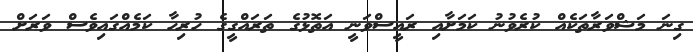
ގިނަ މަޝްވަރާތަކެއް ކުރެވުނު ކަމަށާއި ރައީސްވަނީ އަތޮޅުގެ ތަރައްގީގެ ހުރިހާ ކަމެއްގައިވެސް ވަރަށް